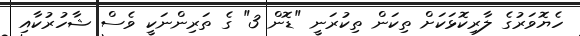
ހެޔޮވަރުގެ ލާރިކޮޅަކަށް ތިކަން ތިކުރަނީ "ޑޮން 3" ގެ ތަރިންނަކީ ވެސް ޝާހުރުކާއި